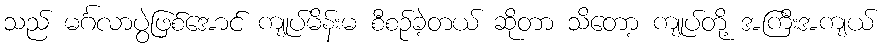
သည် မင်္ဂလာပွဲဖြစ်အောင် ကျုပ်မိန်းမ စီစဉ်ခဲ့တယ် ဆိုတာ သိတော့ ကျုပ်တို့ အကြီးအကျယ်